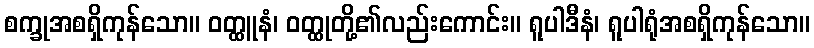
စက္ခုအစရှိကုန်သော။ ဝတ္ထူနံ၊ ဝတ္ထုတို့၏လည်းကောင်း။ ရူပါဒီနံ၊ ရူပါရုံအစရှိကုန်သော။